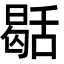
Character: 𮍻